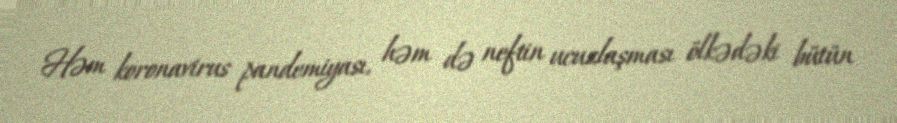
Həm koronavirus pandemiyası, həm də neftin ucuzlaşması ölkədəki bütün